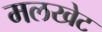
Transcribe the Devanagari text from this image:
मलखेट